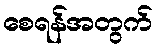
စေရန်အတွက်